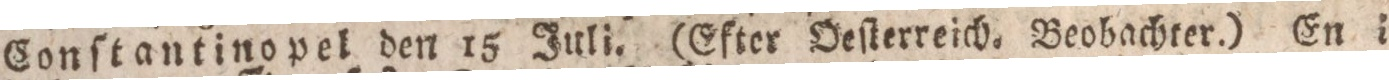
Conſtantinopel den 15 Juli. (Efter Oeſterreich. Beobachter.) En i